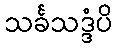
သင်္ခသဒ္ဒံပိ